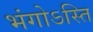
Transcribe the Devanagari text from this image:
भंगोऽस्ति